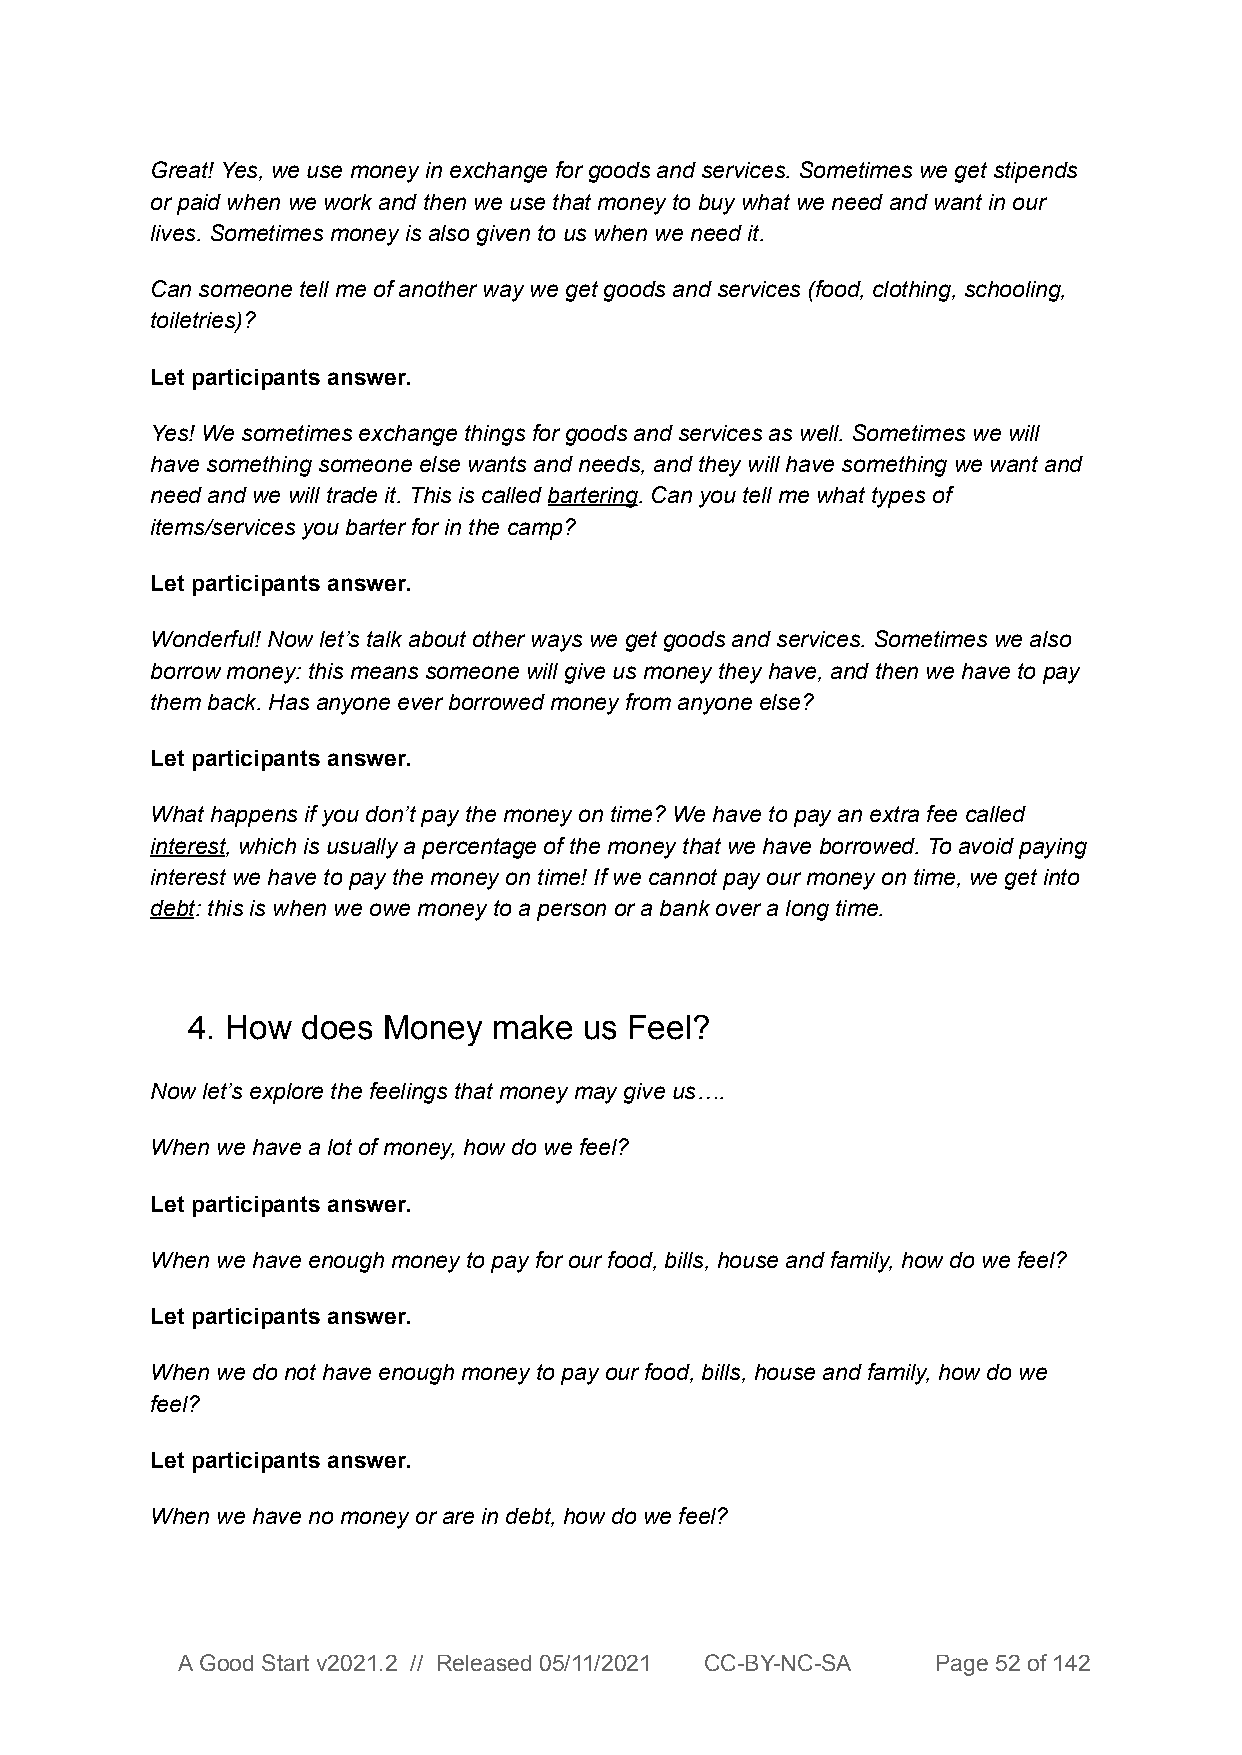
Great! Yes, we use money in exchange for goods and services. Sometimes we get stipends
 or paid when we work and then we use that money to buy what we need and want in our
 lives. Sometimes money is also given to us when we need it.
 Can someone tell me of another way we get goods and services (food, clothing, schooling,
 toiletries)?
 Let participants answer.
 Yes! We sometimes exchange things for goods and services as well. Sometimes we will
 have something someone else wants and needs, and they will have something we want and
 need and we will trade it. This is called bartering. Can you tell me what types of
 items/services you barter for in the camp?
 Let participants answer.
 Wonderful! Now let’s talk about other ways we get goods and services. Sometimes we also
 borrow money: this means someone will give us money they have, and then we have to pay
 them back. Has anyone ever borrowed money from anyone else?
 Let participants answer.
 What happens if you don’t pay the money on time? We have to pay an extra fee called
 interest, which is usually a percentage of the money that we have borrowed. To avoid paying
 interest we have to pay the money on time! If we cannot pay our money on time, we get into
 debt: this is when we owe money to a person or a bank over a long time.
 4. How  does Money   make  us Feel?
 Now let’s explore the feelings that money may give us….
 When we have a lot of money, how do we feel?
 Let participants answer.
 When we have enough money to pay for our food, bills, house and family, how do we feel?
 Let participants answer.
 When we do not have enough money to pay our food, bills, house and family, how do we
 feel?
 Let participants answer.
 When we have no money or are in debt, how do we feel?
 A Good Start v2021.2 // Released 05/11/2021 CC-BY-NC-SA Page 52 of 142